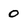
Character: 0